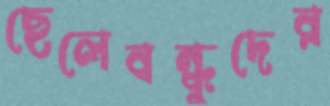
ছেলেবন্ধুদের